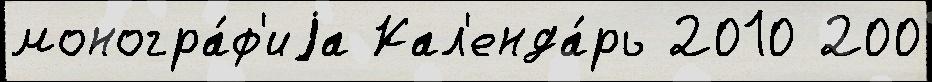
моногра́ф'иjа Кал'енда́рь 2010 200